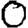
Digit: 0